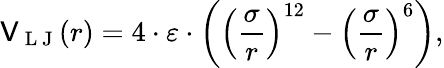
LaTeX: \mathsf{V}_{\mathrm{{~L~J~}}}(r)=4\cdot\varepsilon\cdot\left(\left(\frac{{\sigma}}{{r}}\right)^{12}-\left(\frac{{\sigma}}{{r}}\right)^{6}\right),